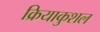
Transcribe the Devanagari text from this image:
क्रियाकुशल